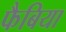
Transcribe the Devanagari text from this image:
फैबिया